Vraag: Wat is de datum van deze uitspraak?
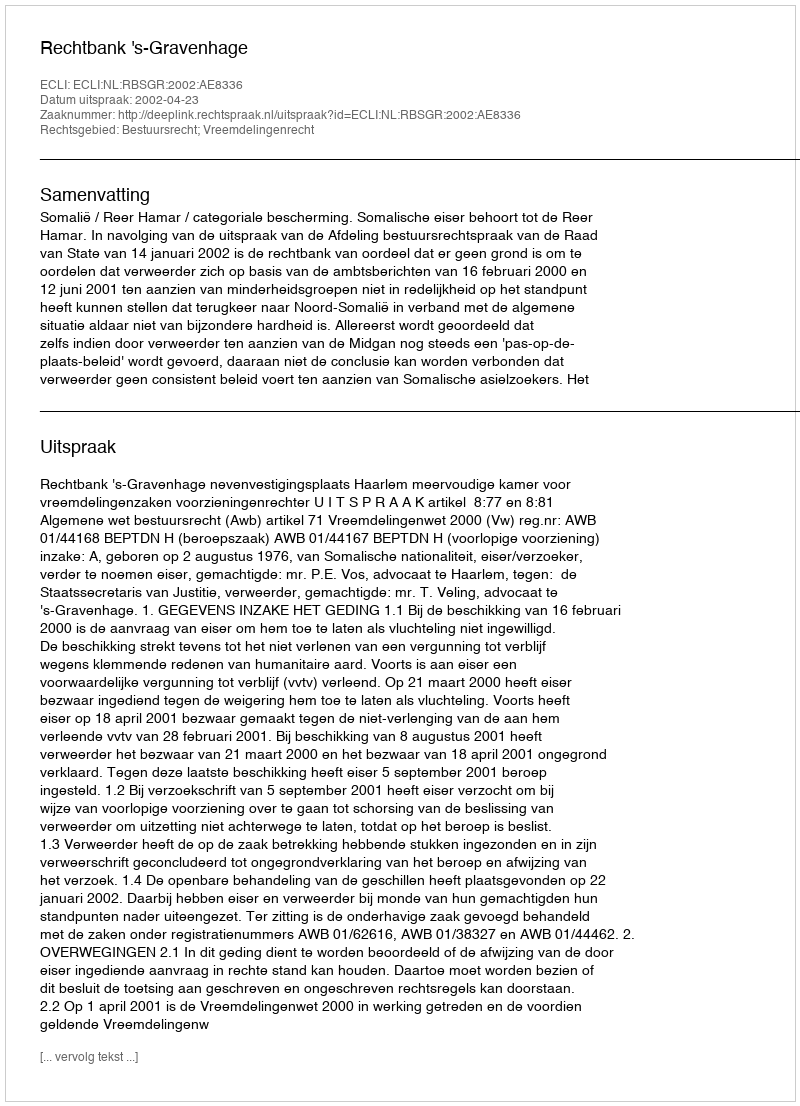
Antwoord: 2002-04-23